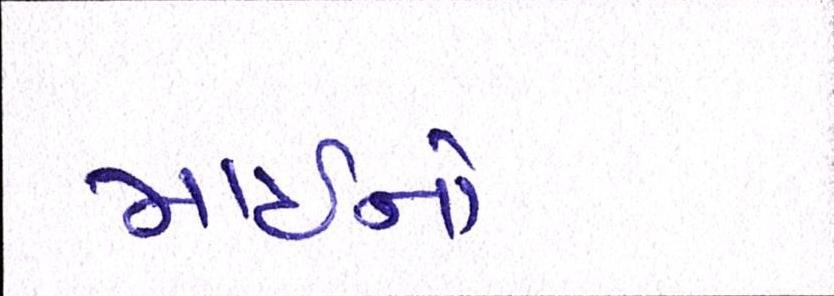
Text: માઇનો